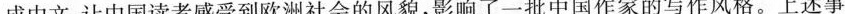
成中文，让中国读者感受到欧洲社会的风貌，影响了一批中国作家的写作风格。上述事